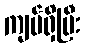
ကျပ်ရှိပြီး